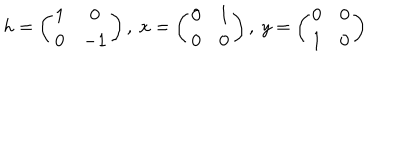
h = \left( \begin{array} { c c } { { 1 } } & { { 0 } } \\ { { 0 } } & { { - 1 } } \\ \end{array} \right) , \ x = \left( \begin{array} { c c } { { 0 } } & { { 1 } } \\ { { 0 } } & { { 0 } } \\ \end{array} \right) , \ y = \left( \begin{array} { c c } { { 0 } } & { { 0 } } \\ { { 1 } } & { { 0 } } \\ \end{array} \right)